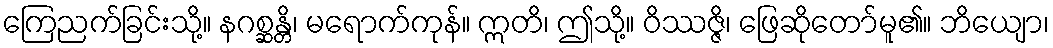
ကြေညက်ခြင်းသို့။ နဂစ္ဆန္တိ၊ မရောက်ကုန်။ ဣတိ၊ ဤသို့။ ဝိဿဇ္ဇိ၊ ဖြေဆိုတော်မူ၏။ ဘိယျော၊